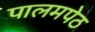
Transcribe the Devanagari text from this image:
पालमपेठ